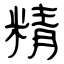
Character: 精